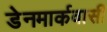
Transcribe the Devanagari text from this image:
डेनमार्कवासी